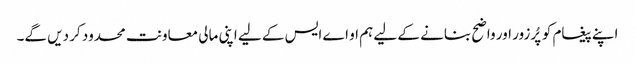
اپنے پیغام کو پُرزور اور واضح بنانے کے لیے ہم او اے ایس کے لیے اپنی مالی معاونت محدود کر دیں گے۔